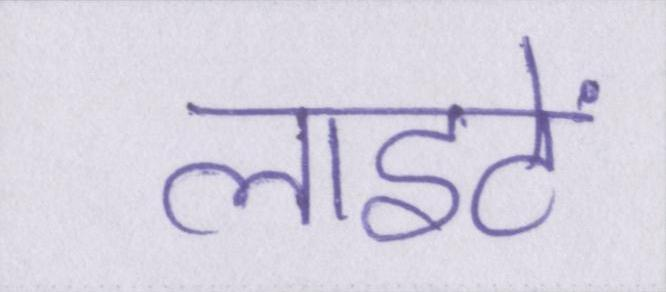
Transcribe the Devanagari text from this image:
लाइटें